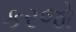
કરજો